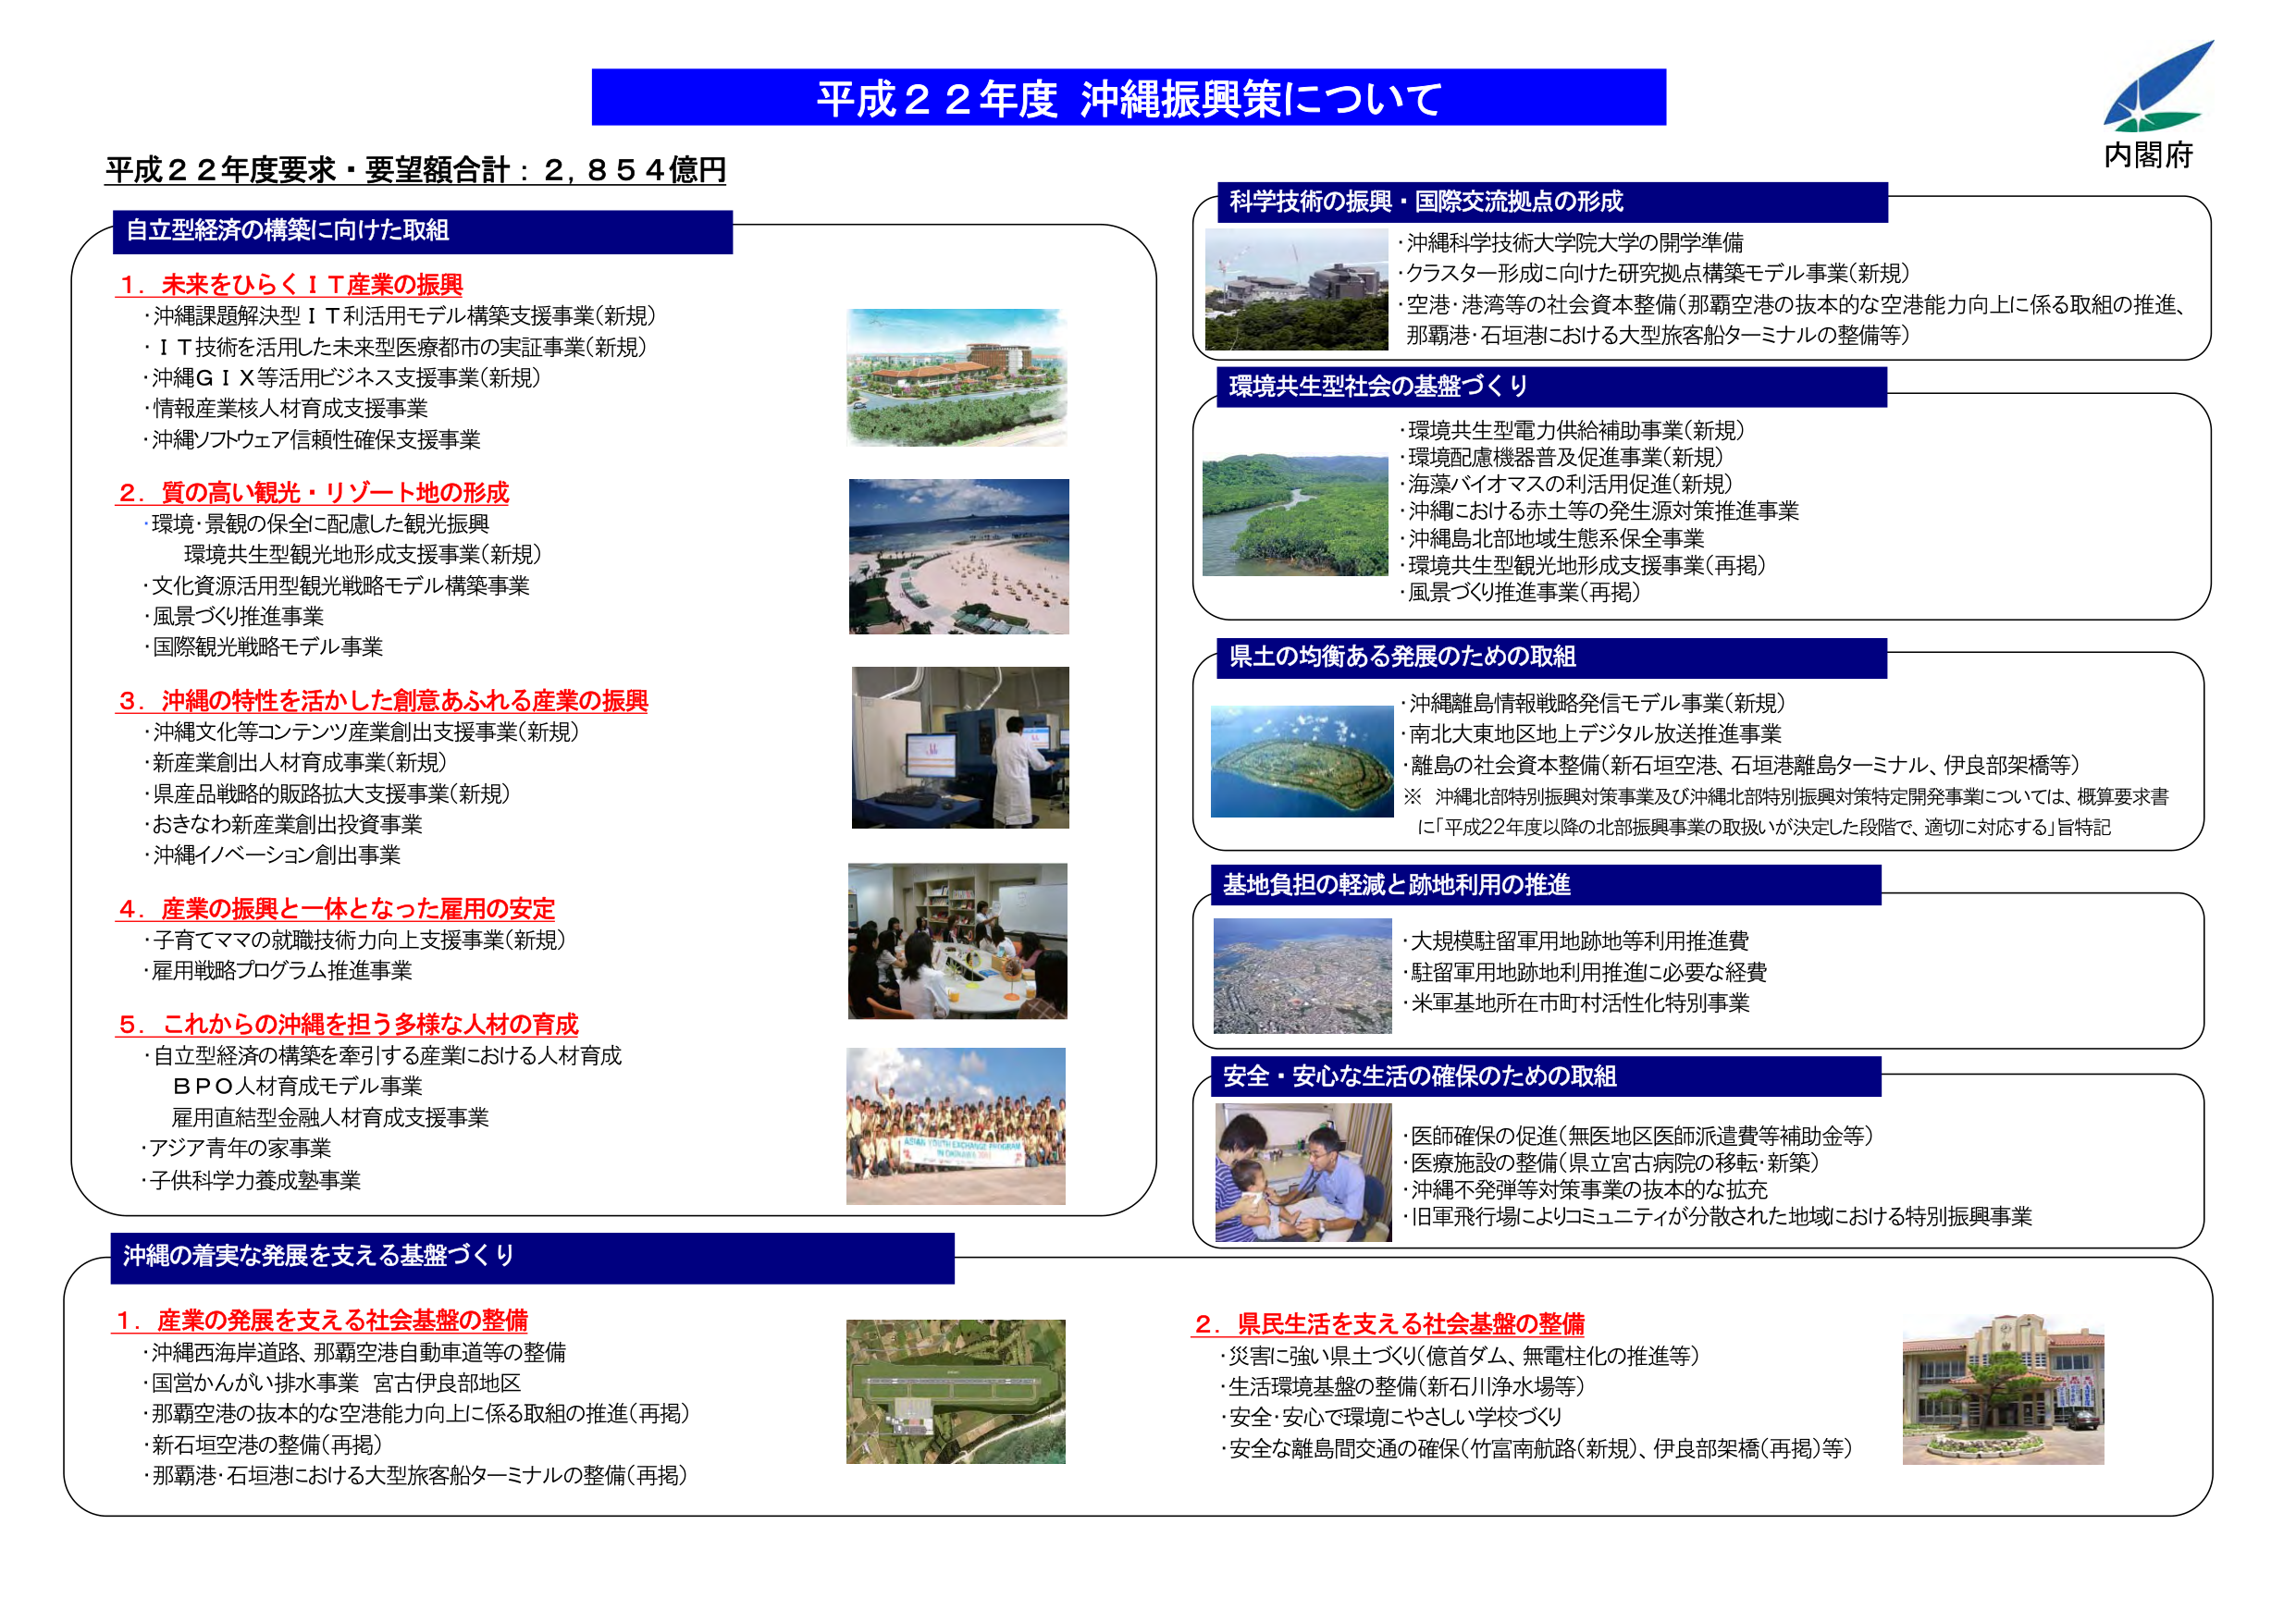
平成２２年度 沖縄振興策について
内閣府

平成２２年度要求・要望額合計：２，８５４億円

自立型経済の構築に向けた取組

１．未来をひらくＩＴ産業の振興
・沖縄課題解決型ＩＴ利活用モデル構築支援事業（新規）
・ＩＴ技術を活用した未来型医療都市の実証事業（新規）
・沖縄ＧＩＸ等活用ビジネス支援事業（新規）
・情報産業核人材育成支援事業
・沖縄ソフトウェア信頼性確保支援事業

２．質の高い観光・リゾート地の形成
・環境・景観の保全に配慮した観光振興
　環境共生型観光地形成支援事業（新規）
・文化資源活用型観光戦略モデル構築事業
・風景づくり推進事業
・国際観光戦略モデル事業

３．沖縄の特性を活かした創意あふれる産業の振興
・沖縄文化等コンテンツ産業創出支援事業（新規）
・新産業創出人材育成事業（新規）
・県産品戦略的販路拡大支援事業（新規）
・おきなわ新産業創出投資事業
・沖縄イノベーション創出事業

４．産業の振興と一体となった雇用の安定
・子育てママの就職技術力向上支援事業（新規）
・雇用戦略プログラム推進事業

５．これからの沖縄を担う多様な人材の育成
・自立型経済の構築を牽引する産業における人材育成
　ＢＰＯ人材育成モデル事業
　雇用直結型金融人材育成支援事業
・アジア青年の家事業
・子供科学力養成塾事業

科学技術の振興・国際交流拠点の形成
・沖縄科学技術大学院大学の開学準備
・クラスター形成に向けた研究拠点構築モデル事業（新規）
・空港・港湾等の社会資本整備（那覇空港の抜本的な空港能力向上に係る取組の推進、
　那覇港・石垣港における大型旅客船ターミナルの整備等）

環境共生型社会の基盤づくり
・環境共生型電力供給補助事業（新規）
・環境配慮機器普及促進事業（新規）
・海藻バイオマスの利活用促進（新規）
・沖縄における赤土等の発生源対策推進事業
・沖縄島北部地域生態系保全事業
・環境共生型観光地形成支援事業（再掲）
・風景づくり推進事業（再掲）

県土の均衡ある発展のための取組
・沖縄離島情報戦略発信モデル事業（新規）
・南北大東地区地上デジタル放送推進事業
・離島の社会資本整備（新石垣空港、石垣港離島ターミナル、伊良部架橋等）
※ 沖縄北部特別振興対策事業及び沖縄北部特別振興対策特定開発事業については、概算要求書
　に「平成22年度以降の北部振興事業の取扱いが決定した段階で、適切に対応する」旨特記

基地負担の軽減と跡地利用の推進
・大規模駐留軍用地跡地等利用推進費
・駐留軍用地跡地利用推進に必要な経費
・米軍基地所在市町村活性化特別事業

安全・安心な生活の確保のための取組
・医師確保の促進（無医地区医師派遣費等補助金等）
・医療施設の整備（県立宮古病院の移転・新築）
・沖縄不発弾等対策事業の抜本的な拡充
・旧軍飛行場によりコミュニティが分散された地域における特別振興事業

沖縄の着実な発展を支える基盤づくり

１．産業の発展を支える社会基盤の整備
・沖縄西海岸道路、那覇空港自動車道等の整備
・国営かんがい排水事業 宮古伊良部地区
・那覇空港の抜本的な空港能力向上に係る取組の推進（再掲）
・新石垣空港の整備（再掲）
・那覇港・石垣港における大型旅客船ターミナルの整備（再掲）

２．県民生活を支える社会基盤の整備
・災害に強い県土づくり（億首ダム、無電柱化の推進等）
・生活環境基盤の整備（新石川浄水場等）
・安全・安心で環境にやさしい学校づくり
・安全な離島間交通の確保（竹富南航路（新規）、伊良部架橋（再掲）等）